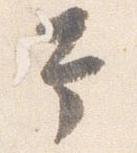
幸